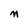
Character: M